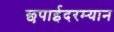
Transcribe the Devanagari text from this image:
छपाईदरम्यान